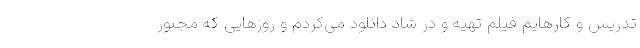
تدریس و کارهایم فیلم تهیه و در شاد دانلود می‌کردم و روزهایی که مجبور